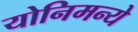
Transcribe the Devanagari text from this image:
योनिमन्ये